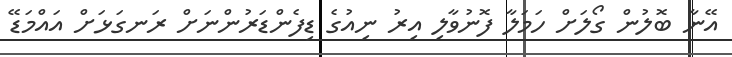
އޭނާ ބޮލުން ގޯލަށް ހަމަލާ ފޮނުވާލި އިރު ނިއުގެ ޑިފެންޑަރުންނަށް ރަނގަޅަށް އައްމަޑޭ